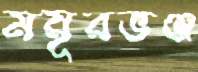
ময়ূরভঞ্জ